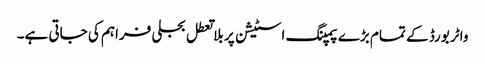
واٹر بورڈ کے تمام بڑے پمپنگ اسٹیشن پر بلا تعطل بجلی فراہم کی جاتی ہے۔